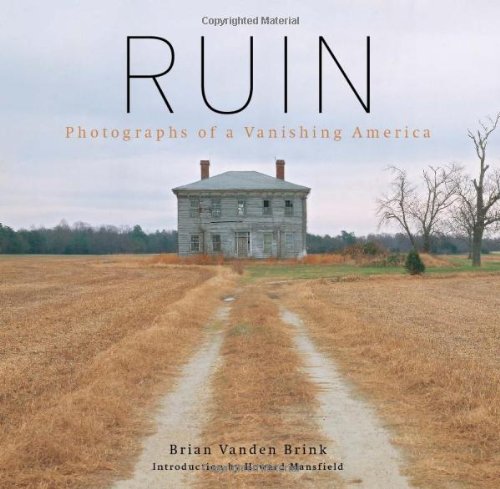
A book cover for Ruin: Photographs of a Vanishing America; Brian Vanden Brink; Arts & Photography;